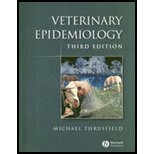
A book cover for Veterinary Epidemiology by Thrusfield, Michael. (Wiley-Blackwell,2007) [Paperback] 3rd EDITION; Medical Books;